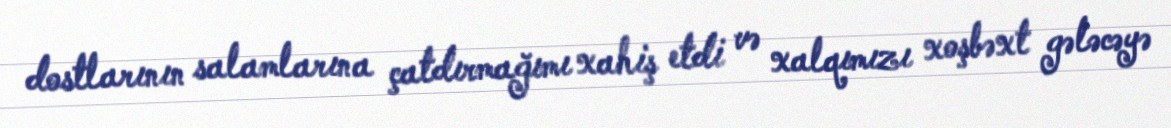
dostlarının salamlarına çatdırmağımı xahiş etdi və xalqımızı xoşbəxt gələcəyə